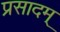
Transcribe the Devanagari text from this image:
प्रसादम्